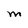
Character: M